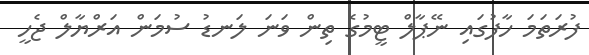
ފުރަތަމަ ހާފުގައި ނޭޕާލް ޓީމުގެ ތިން ވަނަ ލަނޑު ސުމަން އަރްޔާލް ޖެހީ